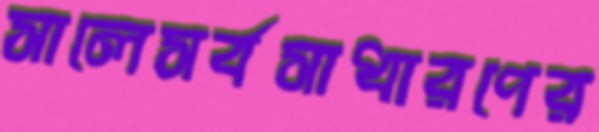
সালেসর্বসাধারণের